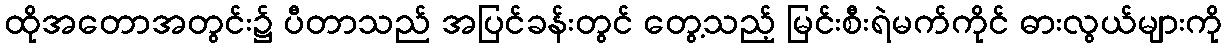
ထိုအတောအတွင်း၌ ပီတာသည် အပြင်ခန်းတွင် တွေ့သည့် မြင်းစီးရဲမက်ကိုင် ဓားလွယ်များကို